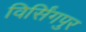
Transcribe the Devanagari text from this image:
विर्सिंगपुर